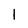
Character: 1